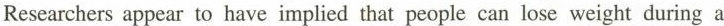
Researchers appear to have implied that people can lose weight during a